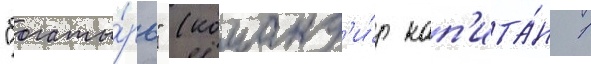
"богаты́рь" (команд'и́р кап'ита́н 1